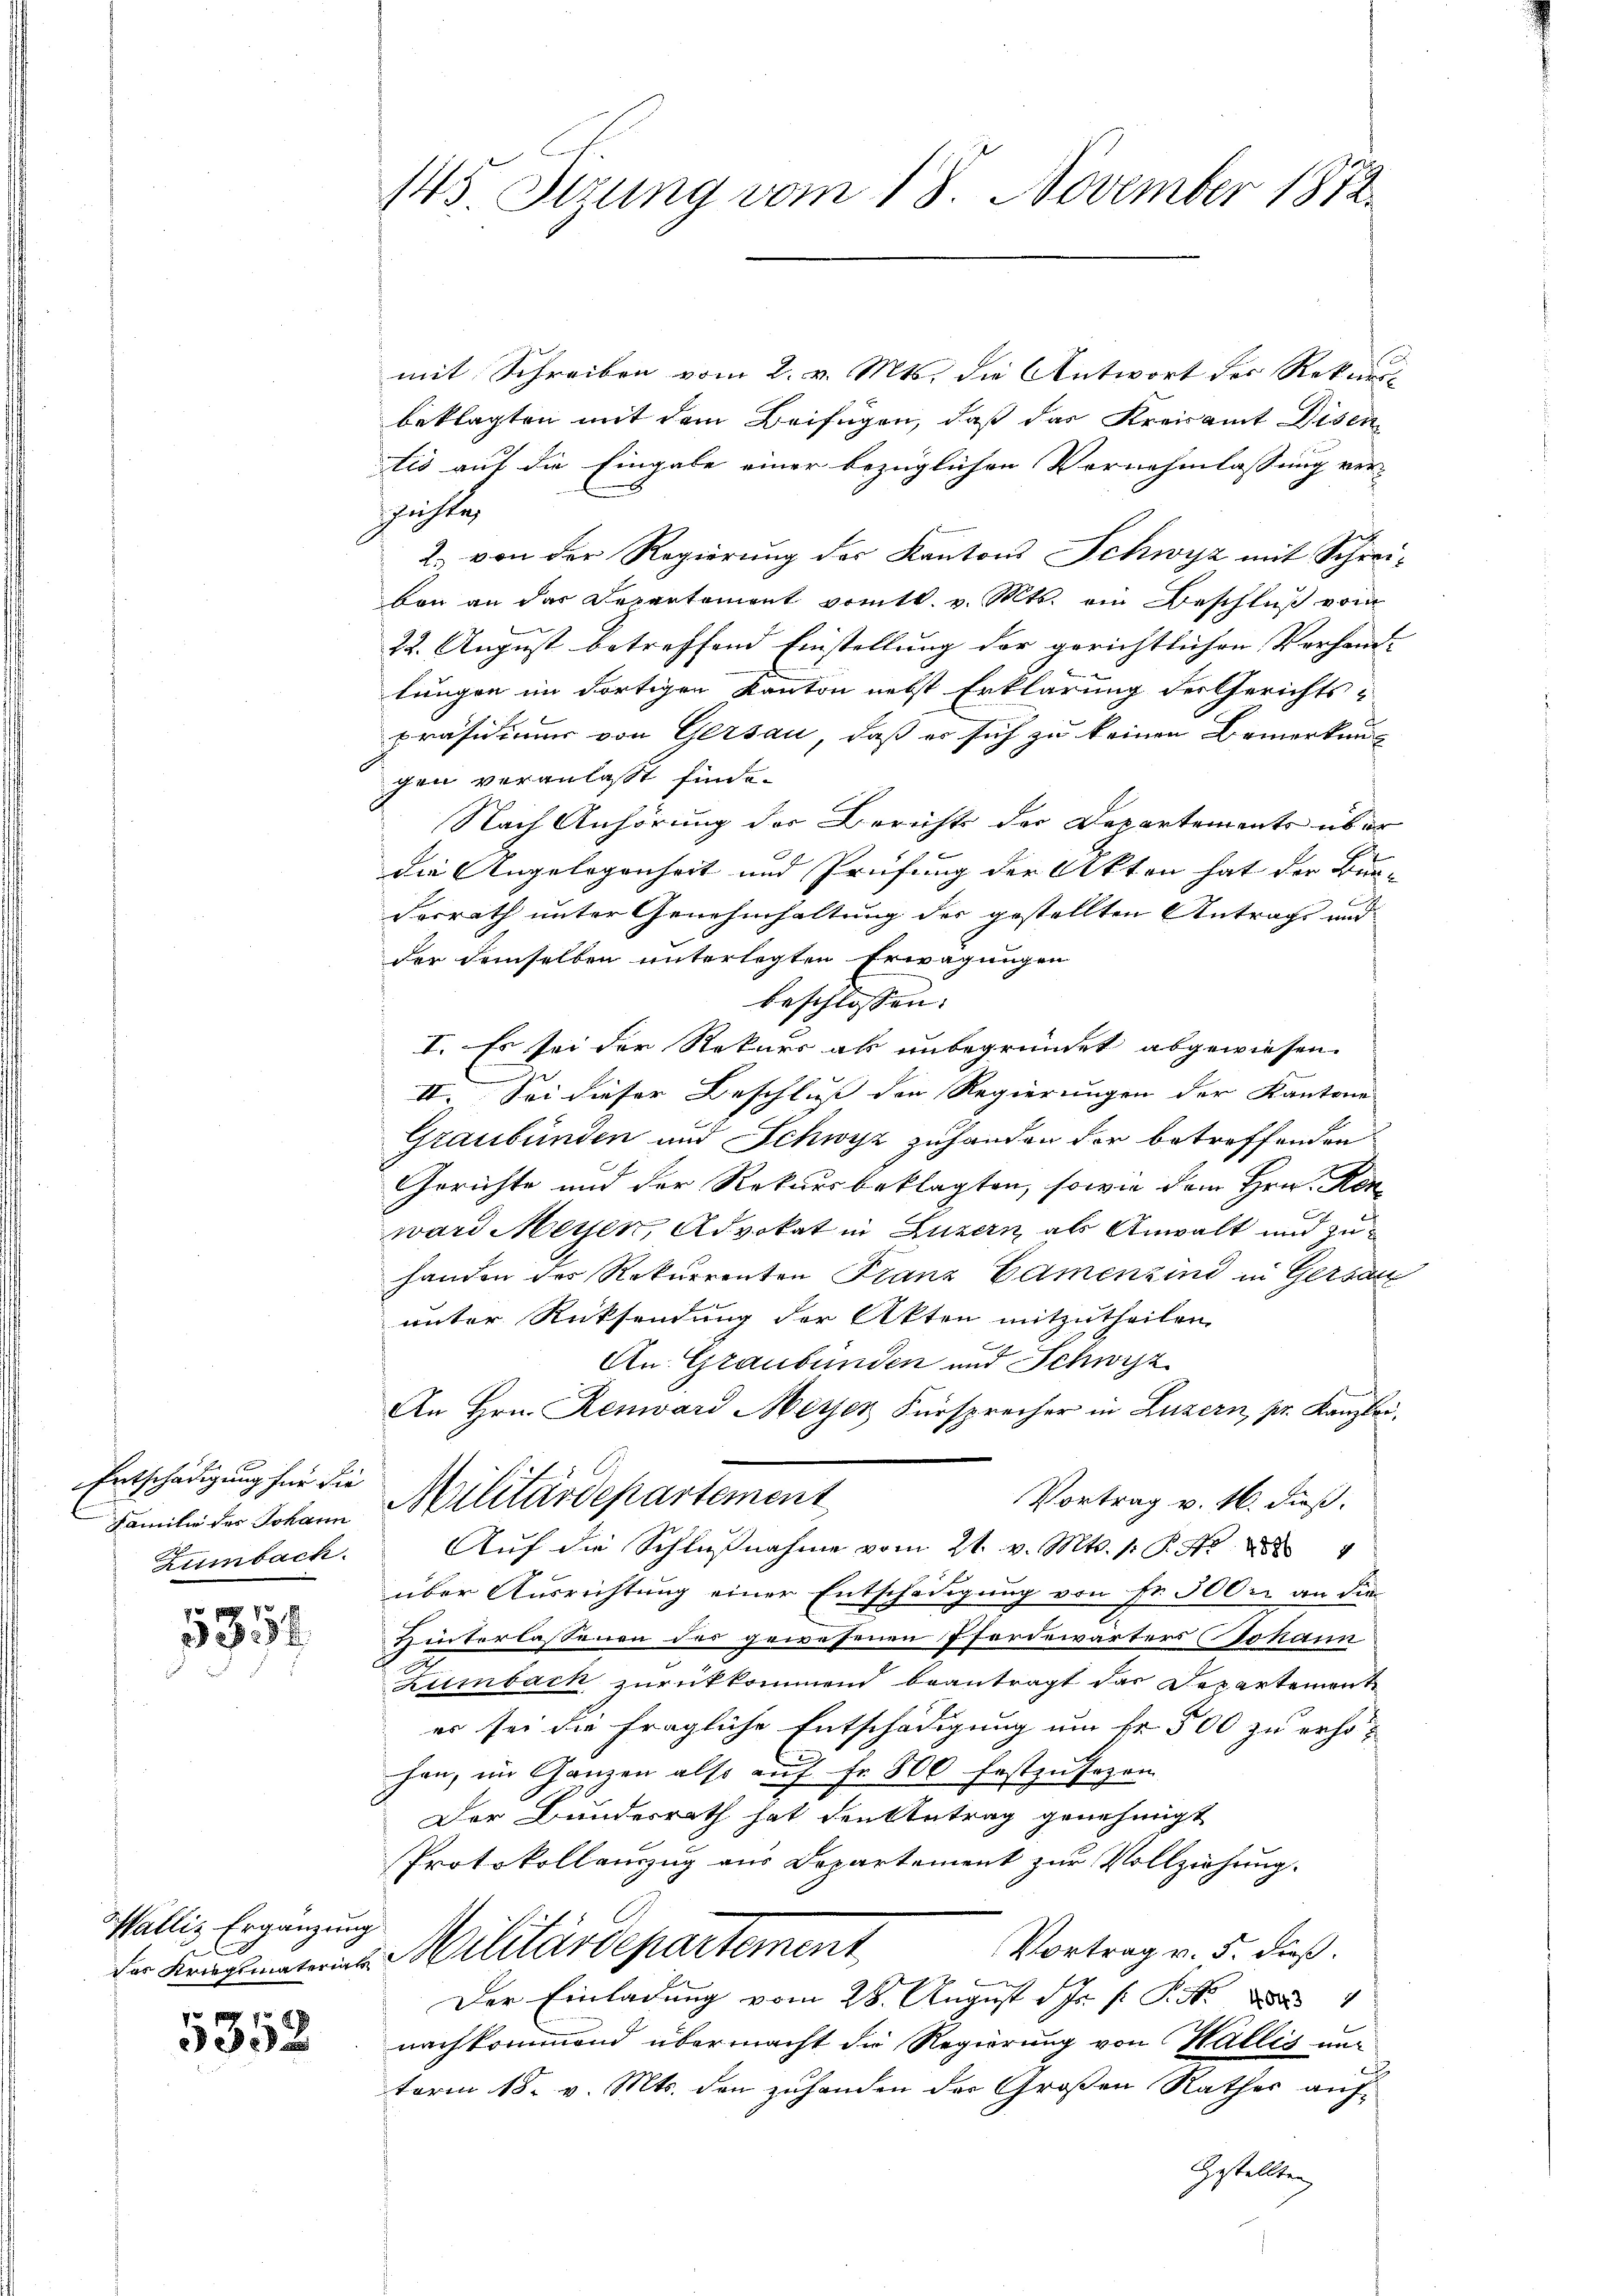
Entschädigung für die
Familie des Johann
Zimbach.

53

Walliz Ergänzung

5352

145 Stzung vom 18. November 1872.

mit Schreiben vom 2. v. Mts. die Antwort der Rekurs-
beklagten mit dem Beifügen, daß das Kreisamt Disen
tis auf die Eingabe einer bezüglichen Vornehmlassung ver-
süchte,
2. von der Regierung der Kantons Schwyz mit Schreiben an das Departement vom 10. v. Mts. ein Beschluß vom
22. August betreffend Einstellung der gerichtlichen Verhand-
lungen im dortigen Kanton nebst Erklärung der Gerichts-
präsidium von Gersau, daß er sich zu keinen Bemerkung
gen veranlaßt finde.
Nach Anhörung der Berichts der Departemente über
die Angelegenheit und Prüfung der Akten hat der Bun- |
Dorrath unter Genehmhaltung der gestellten Antrage und
der demselben unterlegten Erwägungen
beschlossen:
I. Es sei der Rekurs als unbegründet abgewiesen.
II. Sei dieser Beschluss den Regierungen der Kantons
Graubünden und Schwyz zuhanden der betreffenden
Gerichte und der Rekursbeklagten, sowie dem Hrn. Ren
ward Meyen, Advokat in Luzern, als Anwalt und zuhanden der Rekurrenten Franz Camenzind in Gersan
unter Rücksendung der Akten mitzutheilen.
An Graubünden und Schwyzz
An Hrn. Renward Meyer Fürsprecher in Luzern, pr. Kanzlei.
Militärdepartement
Vortrag v. 16. dieß.
Auf die Schlußnahme vom 21. v. Mts. 1. So
über Ausrichtung einer Entschädigung von Fr. 500 an die
Hinterlassenen des gewesenen Pfordewärters (Johann
Zumbach zurückkommend beantragt das Departement
es sei die fragliche Entschädigung um fr. 500 zu erhöhan, im Ganzen also aŭf Fr. 800 festzŭsezen
Der Bundesrath hat den Antrag genehmigt
Protokollanzug aus Departement zur Vollziehung.
Vortrag v. 5. dieß.
dr Krage mit. Militärdepartement
I
Der Einladung vom 28. August d. Js. s. S. R.
nachkommend übermacht die Regierung von Wallis un
term 18. v. Mts. den zuhanden der Großen Rathes auf¬
Gestellten